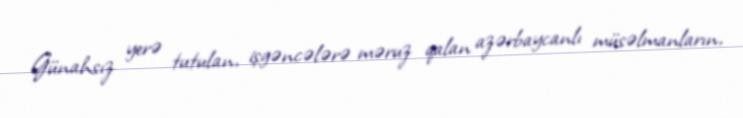
Günahsız yerə tutulan, işgəncələrə məruz qalan azərbaycanlı müsəlmanların,